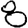
Digit: 8